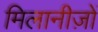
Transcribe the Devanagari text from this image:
मिलानीज़ों